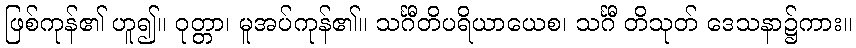
ဖြစ်ကုန်၏ ဟူ၍။ ဝုတ္တာ၊ မူအပ်ကုန်၏။ သင်္ဂီတိပရိယာယေစ၊ သင်္ဂီ တိသုတ် ဒေသနာ၌ကား။